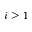
i \geq 1